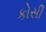
કોસી